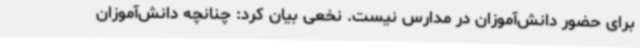
برای حضور دانش‌آموزان در مدارس نیست. نخعی بیان کرد: چنانچه دانش‌آموزان